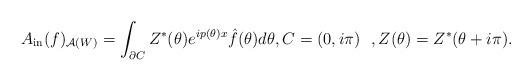
LaTeX: \begin{gather*}A_{\rm in}(f)_{\mathcal{A}(W)}=\int_{\partial C}Z^{\ast}(\theta)e^{ip(\theta)x}\hat{f}(\theta)d\theta, C=(0,i\pi) \ \ , Z(\theta)=Z^{\ast}(\theta+i\pi).\end{gather*}